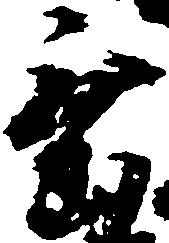
垂